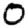
Digit: 0